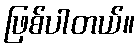
ဖြစ်ပါတယ်။